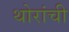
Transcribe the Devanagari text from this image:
थोरांची